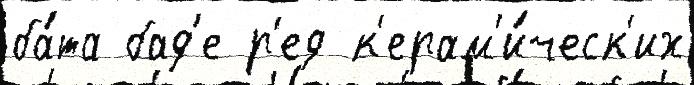
ба́та бад'е р'ед к'ерам'и́ческ'их